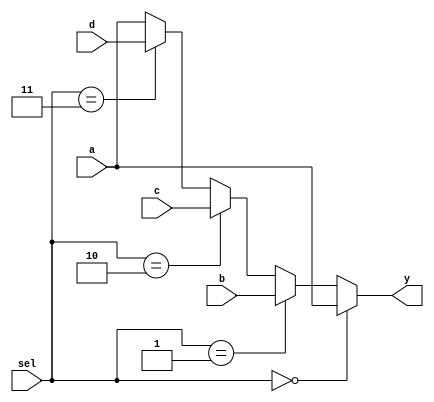
module Mux4(a, b, c, d, sel, y);
  input [31:0] a, b, c, d;
  input [1:0] sel;
  output wire [31:0] y;
  assign y = (sel == 2'b00) ? a:
             (sel == 2'b01) ? b:
             (sel == 2'b10) ? c:
             (sel == 2'b11) ? d: a;
endmodule